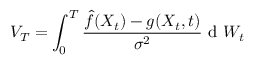
V _ { T } = \int _ { 0 } ^ { T } { \frac { \hat { f } ( X _ { t } ) - g ( X _ { t } , t ) } { { \sigma ^ { 2 } } } \mathrm { ~ d ~ } W _ { t } }